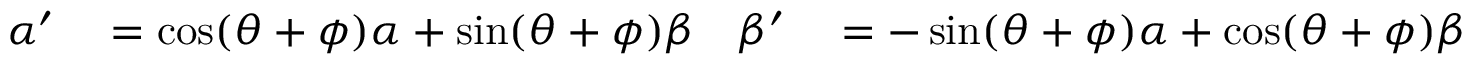
\begin{array} { r l r l r l } { \alpha ^ { \prime } } & { { } = \cos ( \theta + \phi ) \alpha + \sin ( \theta + \phi ) \beta } & { \beta ^ { \prime } } & { { } = - \sin ( \theta + \phi ) \alpha + \cos ( \theta + \phi ) \beta } & { \gamma ^ { \prime } } & { { } = \gamma + \partial _ { \tau } \phi . } \end{array}